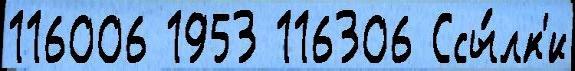
116006 1953 116306 Ссы́лк'и